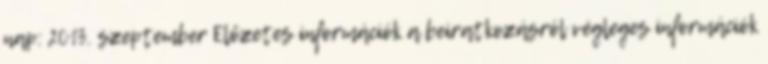
nap: 2013. szeptember Előzetes információk a beiratkozásról végleges információk